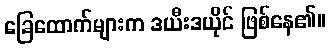
ခြေထောက်များက ဒယီးဒယိုင် ဖြစ်နေ၏။